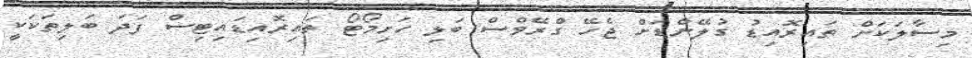
މިސާލަކަށް ތައިރޮއިޑު ގުލޭންޑަށް ޖެހޭ ގްރޭވްސް ބަލި ހަށިމޯޓޯ ތައިރޮއިޑައިޓިސް ފަދަ ބަލިތަކަކީ